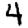
Digit: 4